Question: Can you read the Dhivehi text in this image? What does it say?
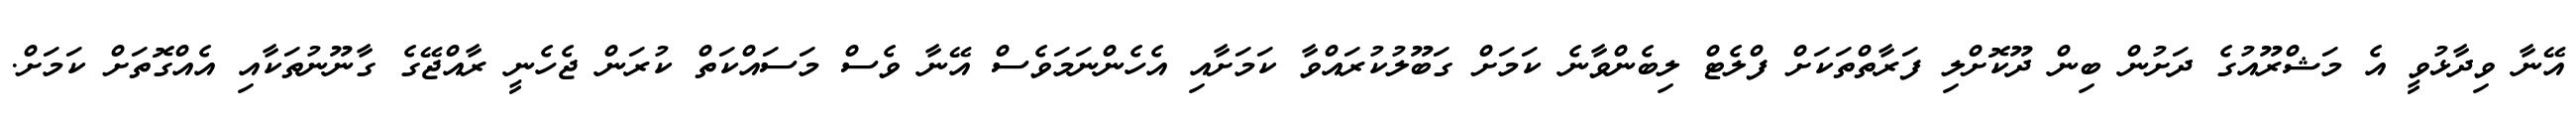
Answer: އޭނާ ވިދާޅުވީ އެ މަޝްރޫއުގެ ދަށުން ބިން ދޫކޮށްލި ފަރާތްތަކަށް ފްލެޓް ލިބެންވާނެ ކަމަށް ގަބޫލުކުރައްވާ ކަމަށާއި އެހެންނަމަވެސް އޭނާ ވެސް މަސައްކަތް ކުރަން ޖެހެނީ ރާއްޖޭގެ ގާނޫނުތަކާއި އެއްގޮތަށް ކަމަށް.